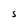
Character: s